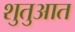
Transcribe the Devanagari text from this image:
शुतुआत